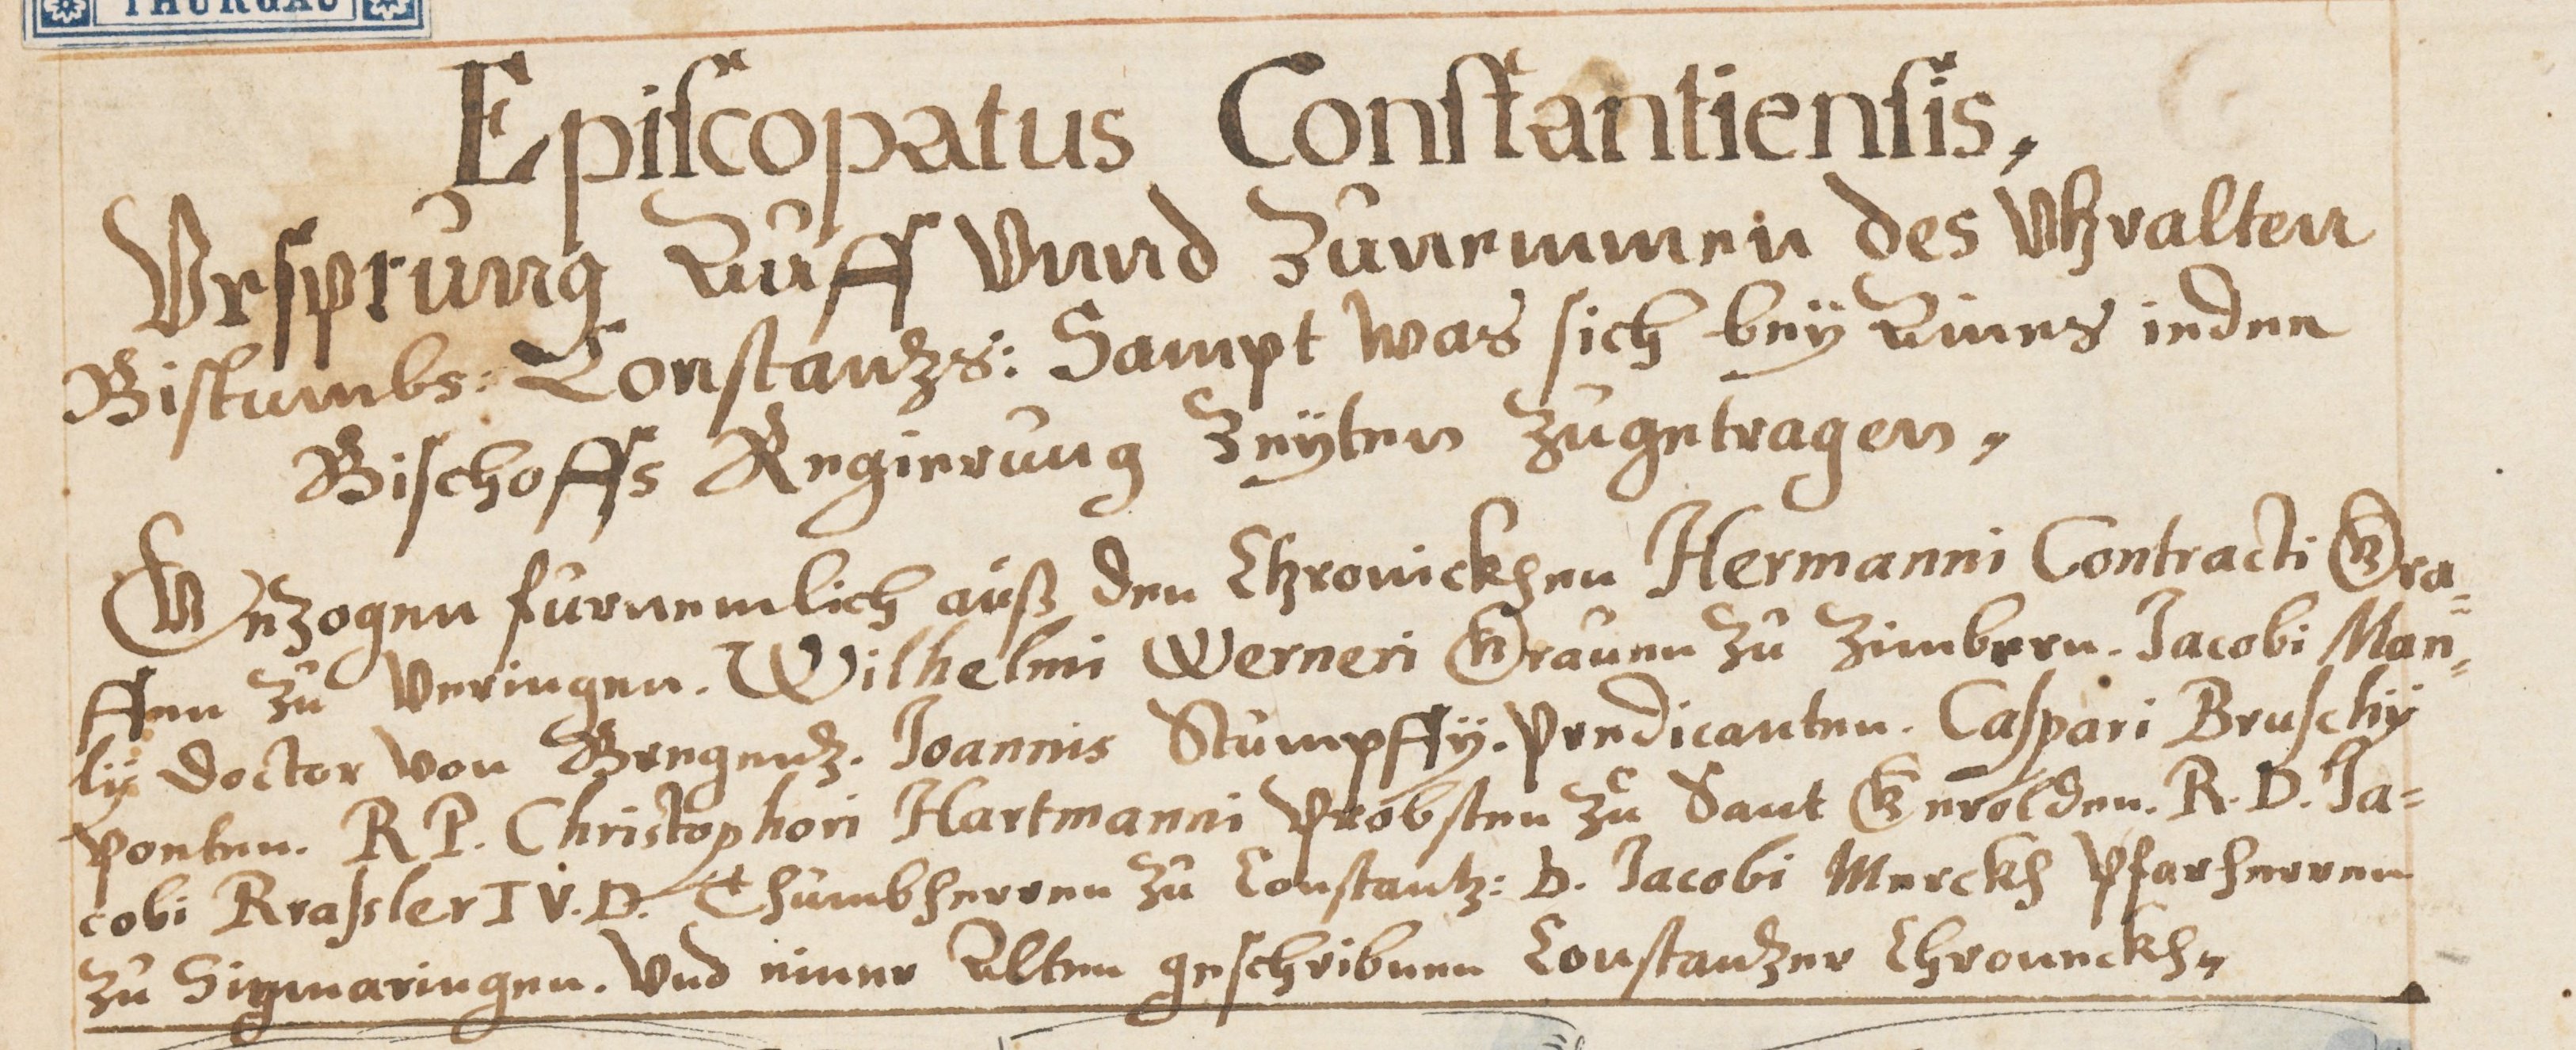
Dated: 1629–1659